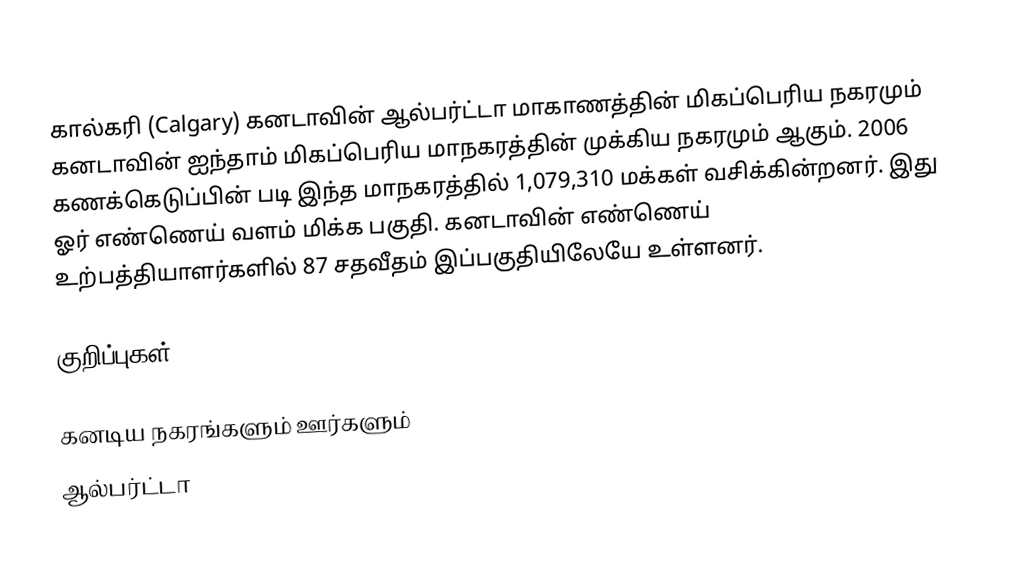
கால்கரி (Calgary) கனடாவின் ஆல்பர்ட்டா மாகாணத்தின் மிகப்பெரிய நகரமும் கனடாவின் ஐந்தாம் மிகப்பெரிய மாநகரத்தின் முக்கிய நகரமும் ஆகும். 2006 கணக்கெடுப்பின் படி இந்த மாநகரத்தில் 1,079,310 மக்கள் வசிக்கின்றனர். இது ஓர் எண்ணெய் வளம் மிக்க பகுதி. கனடாவின் எண்ணெய் உற்பத்தியாளர்களில் 87 சதவீதம் இப்பகுதியிலேயே உள்ளனர்.

குறிப்புகள்

கனடிய நகரங்களும் ஊர்களும்
ஆல்பர்ட்டா